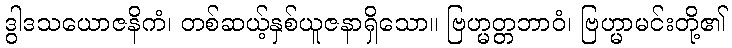
ဒွါဒသယောဇနိကံ၊ တစ်ဆယ့်နှစ်ယူဇနာရှိသော။ ဗြဟ္မတ္တဘာဝံ၊ ဗြဟ္မာမင်းတို့၏